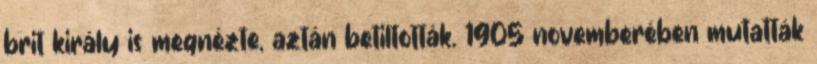
brit király is megnézte, aztán betiltották. 1905 novemberében mutatták